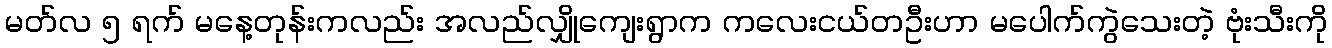
မတ်လ ၅ ရက် မနေ့တုန်းကလည်း အလည်လျှိုကျေးရွာက ကလေးငယ်တဦးဟာ မပေါက်ကွဲသေးတဲ့ ဗုံးသီးကို